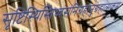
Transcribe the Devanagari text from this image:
सृष्टिस्थिस्तिध्वंसनिग्रहानुग्रहात्मकम्